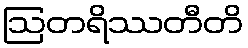
ဩတရိဿတီတိ